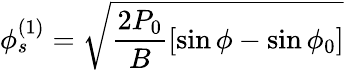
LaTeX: \phi_{s}^{(1)}=\sqrt{\frac{2P_{0}}{B}[\sin\phi-\sin\phi_{0}]}